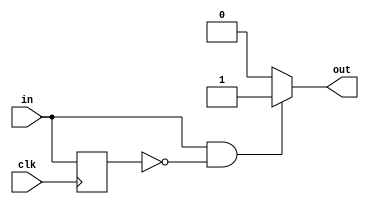
/*
   This file was generated automatically by Alchitry Labs version 1.2.7.
   Do not edit this file directly. Instead edit the original Lucid source.
   This is a temporary file and any changes made to it will be destroyed.
*/

/*
   Parameters:
     RISE = 1
     FALL = 0
*/
module edge_detector_6 (
    input clk,
    input in,
    output reg out
  );
  
  localparam RISE = 1'h1;
  localparam FALL = 1'h0;
  
  
  reg M_last_d, M_last_q = 1'h0;
  
  always @* begin
    M_last_d = M_last_q;
    
    out = 1'h0;
    M_last_d = in;
    if (1'h1) begin
      if (in == 1'h1 && M_last_q == 1'h0) begin
        out = 1'h1;
      end
    end
    if (1'h0) begin
      if (in == 1'h0 && M_last_q == 1'h1) begin
        out = 1'h1;
      end
    end
  end
  
  always @(posedge clk) begin
    M_last_q <= M_last_d;
  end
  
endmodule